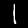
Label: 1